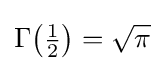
\Gamma {\bigl (}{\tfrac {1}{2}}{\bigr )}={\sqrt {\pi }}